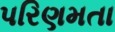
પરિણમતા